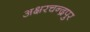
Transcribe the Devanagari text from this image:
अक्षरचन्द्रपुर